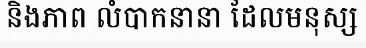
និងភាព លំបាកនានា ដែលមនុស្ស